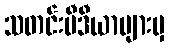
သတင်းမီဒီယာများမှ